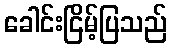
ခေါင်းငြိမ့်ပြသည်